Vaccination in Burma 1900-1911 - 1900-1911
Year: 1900
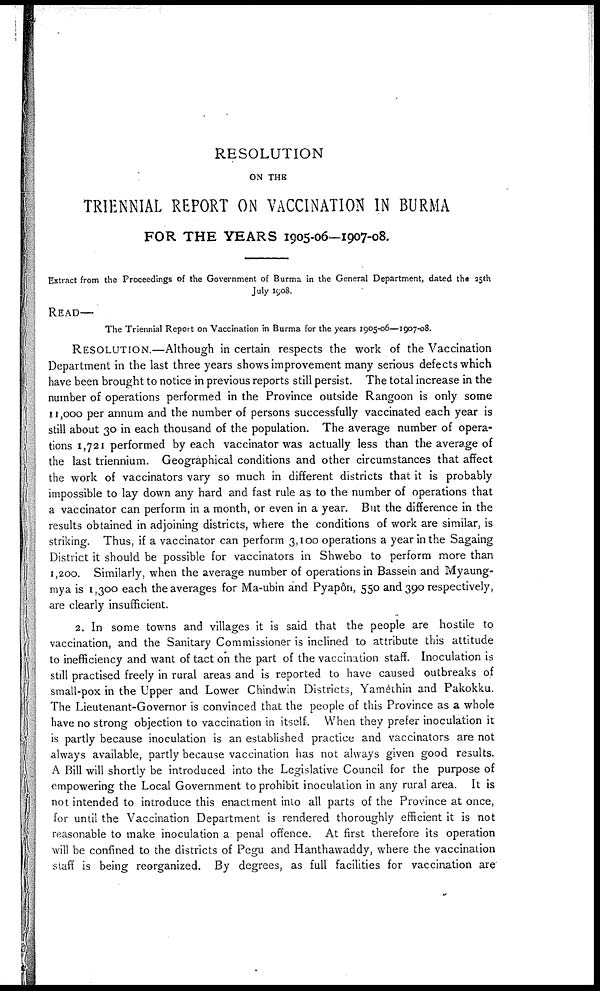
RESOLUTION
ON THE
TRIENNIAL REPORT ON VACCINATION IN BURMA
FOR THE YEARS 1905-06—1907-08.
Extract from the Proceedings of the Government of Burma in the General Department, dated the 25th
July 1908.
READ—
The Triennial Report on Vaccination in Burma for the years 1905-06—1907-08.
RESOLUTION.—Although in certain respects the work of the Vaccination
Department in the last three years shows improvement many serious defects which
have been brought to notice in previous reports still persist. The total increase in the
number of operations performed in the Province outside Rangoon is only some
11,000 per annum and the number of persons successfully vaccinated each year is
still about 30 in each thousand of the population. The average number of opera-
tions 1,721 performed by each vaccinator was actually less than the average of
the last triennium. Geographical conditions and other circumstances that affect
the work of vaccinators vary so much in different districts that it is probably
impossible to lay down any hard and fast rule as to the number of operations that
a vaccinator can perform in a month, or even in a year. But the difference in the
results obtained in adjoining districts, where the conditions of work are similar, is
striking. Thus, if a vaccinator can perform 3,100 operations a year in the Sagaing
District it should be possible for vaccinators in Shwebo to perform more than
1,200. Similarly, when the average number of operations in Bassein and Myaung-
mya is 1,300 each the averages for Ma-ubin and Pyapôn, 550 and 390 respectively,
are clearly insufficient.
2. In some towns and villages it is said that the people are hostile to
vaccination, and the Sanitary Commissioner is inclined to attribute this attitude
to inefficiency and want of tact on the part of the vaccination staff. Inoculation is
still practised freely in rural areas and is reported to have caused outbreaks of
small-pox in the Upper and Lower Chindwin Districts, Yamèthin and Pakokku.
The Lieutenant-Governor is convinced that the people of this Province as a whole
have no strong objection to vaccination in itself. When they prefer inoculation it
is partly because inoculation is an established practice and vaccinators are not
always available, partly because vaccination has not always given good results.
A Bill will shortly be introduced into the Legislative Council for the purpose of
empowering the Local Government to prohibit inoculation in any rural area. It is
not intended to introduce this enactment into all parts of the Province at once,
for until the Vaccination Department is rendered thoroughly efficient it is not
reasonable to make inoculation a penal offence. At first therefore its operation
will be confined to the districts of Pegu and Hanthawaddy, where the vaccination
staff is being reorganized. By degrees, as full facilities for vaccination are